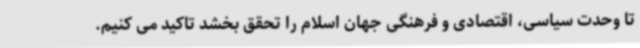
تا وحدت سیاسی، اقتصادی و فرهنگی جهان اسلام را تحقق بخشد تاکید می کنیم.